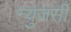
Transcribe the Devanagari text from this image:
न्युजर्सी